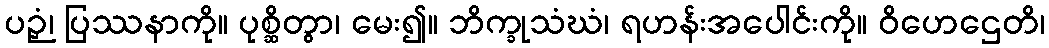
ပဉှံ၊ ပြဿနာကို။ ပုစ္ဆိတွာ၊ မေး၍။ ဘိက္ခုသံဃံ၊ ရဟန်းအပေါင်းကို။ ဝိဟေဌေတိ၊